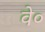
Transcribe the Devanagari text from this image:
वे०